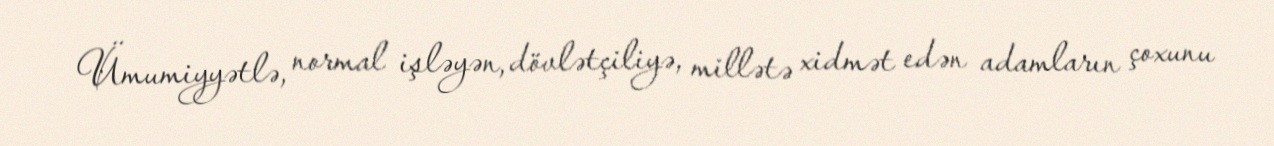
Ümumiyyətlə, normal işləyən, dövlətçiliyə, millətə xidmət edən adamların çoxunu